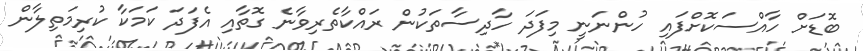
ބޮޑަށް ހާއްސަކޮށްފައި ހުންނަނީ މިފަދަ ހާދިސާތަކުން ރައްކާތެރިވާނެ ގޮތާއި އެފަދަ ކަމަކާ ކުރިމަތިލާން